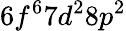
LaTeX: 6f^{6}7d^{2}8p^{2}